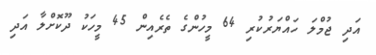
އަދި ޖުމްލަ ހައްޔަރުކުރި 64 މީހުންގެ ތެރެއިން 45 މީހަކު ދޫކޮށްލާ އަދި